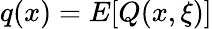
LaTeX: q(x)=E[Q(x,\xi)]